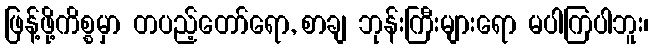
ဖြန့်ဖို့ကိစ္စမှာ တပည့်တော်ရော, စာချ ဘုန်းကြီးများရော မပါကြပါဘူး၊